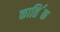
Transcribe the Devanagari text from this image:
काति॔क